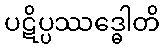
ပဋိပ္ပဿဒ္ဓေါတိ